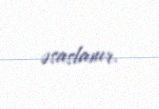
əsaslanır.